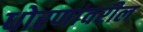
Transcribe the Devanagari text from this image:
धोरणांवरील